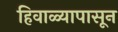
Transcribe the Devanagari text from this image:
हिवाळ्यापासून